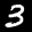
Label: 3